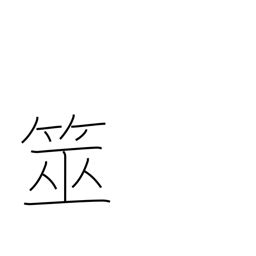
Meaning: (water) divining equipment